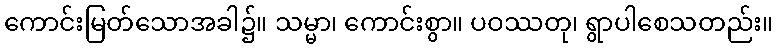
ကောင်းမြတ်သောအခါ၌။ သမ္မာ၊ ကောင်းစွာ။ ပဝဿတု၊ ရွာပါစေသတည်း။